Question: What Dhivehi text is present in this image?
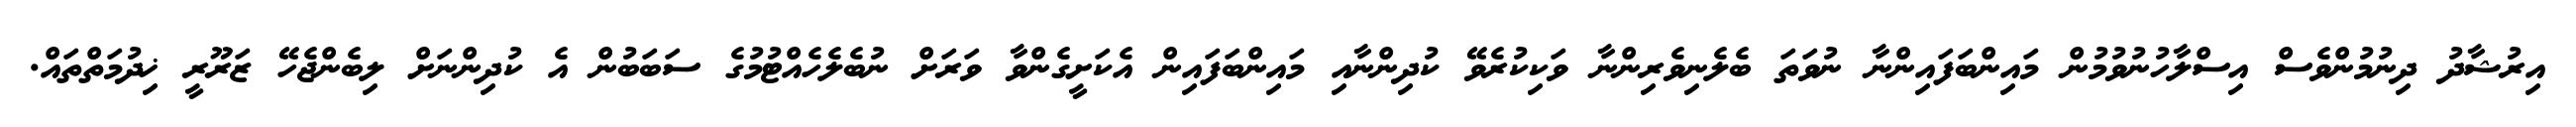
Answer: އިރުޝާދު ދިނުމުންވެސް އިސްލާހުނުވުމުން މައިންބަފައިންނާ ނުވަތަ ބެލެނިވެރިންނާ ވަކިކުރެވޭ ކުދިންނާއި މައިންބަފައިން އެކަށީގެންވާ ވަރަށް ނުބެލެހެއްޓުމުގެ ސަބަބުން އެ ކުދިންނަށް ލިބެންޖެހޭ ޒަރޫރީ ޚިދުމަތްތައް.